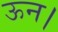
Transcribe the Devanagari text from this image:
ऊन।